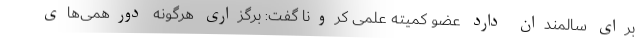
برای سالمندان دارد عضو کمیته علمی کرونا گفت: برگزاری هرگونه دورهمی‌های